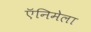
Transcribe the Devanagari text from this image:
ऍनिमेला